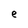
Character: e